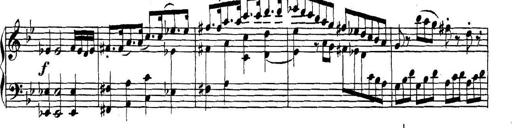
Title: Collected Piano Sonatas
Composer: Muzio Clementi